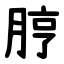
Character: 脝